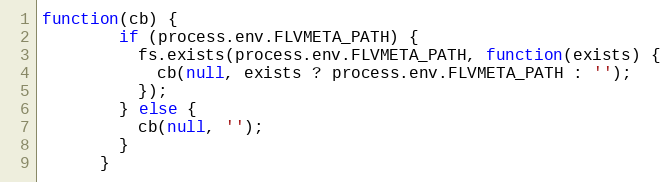
Language: JavaScript
function(cb) {
        if (process.env.FLVMETA_PATH) {
          fs.exists(process.env.FLVMETA_PATH, function(exists) {
            cb(null, exists ? process.env.FLVMETA_PATH : '');
          });
        } else {
          cb(null, '');
        }
      }